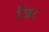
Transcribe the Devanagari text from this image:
ज़ि८